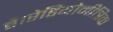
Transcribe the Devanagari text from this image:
है।रेडियोमीत्रिक